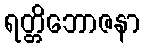
ရတ္တိဘောဇနာ